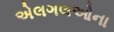
એલગલઓના